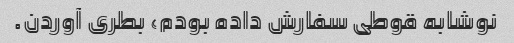
نوشابه قوطی سفارش داده بودم، بطری آوردن.